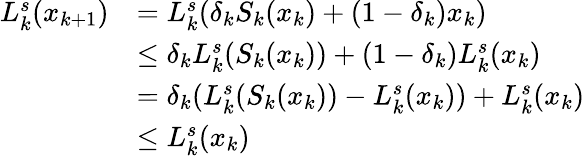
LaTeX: \begin{array}{rl}{L_{k}^{s}(x_{k+1})}&{=L_{k}^{s}(\delta_{k}S_{k}(x_{k})+(1-\delta_{k})x_{k})}\\ &{\leq\delta_{k}L_{k}^{s}(S_{k}(x_{k}))+(1-\delta_{k})L_{k}^{s}(x_{k})}\\ &{=\delta_{k}(L_{k}^{s}(S_{k}(x_{k}))-L_{k}^{s}(x_{k}))+L_{k}^{s}(x_{k})}\\ &{\leq L_{k}^{s}(x_{k})}\end{array}